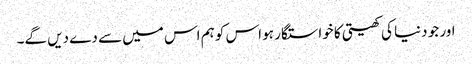
اور جو دنیا کی کھیتی کا خواستگار ہو اس کو ہم اس میں سے دے دیں گے۔